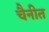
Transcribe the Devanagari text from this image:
चैनीत